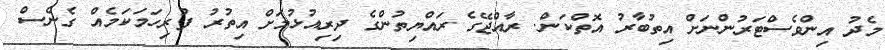
މެދު އިންވެސްޓަރުންނަށް އިތުބާރު އޮތްކަން. ރާއްޖޭގެ ރައްޔިތުންގެ ދިރިއުޅުމަށް އިތުރު ފުރިހަމަކަމެއް ގެނެސް